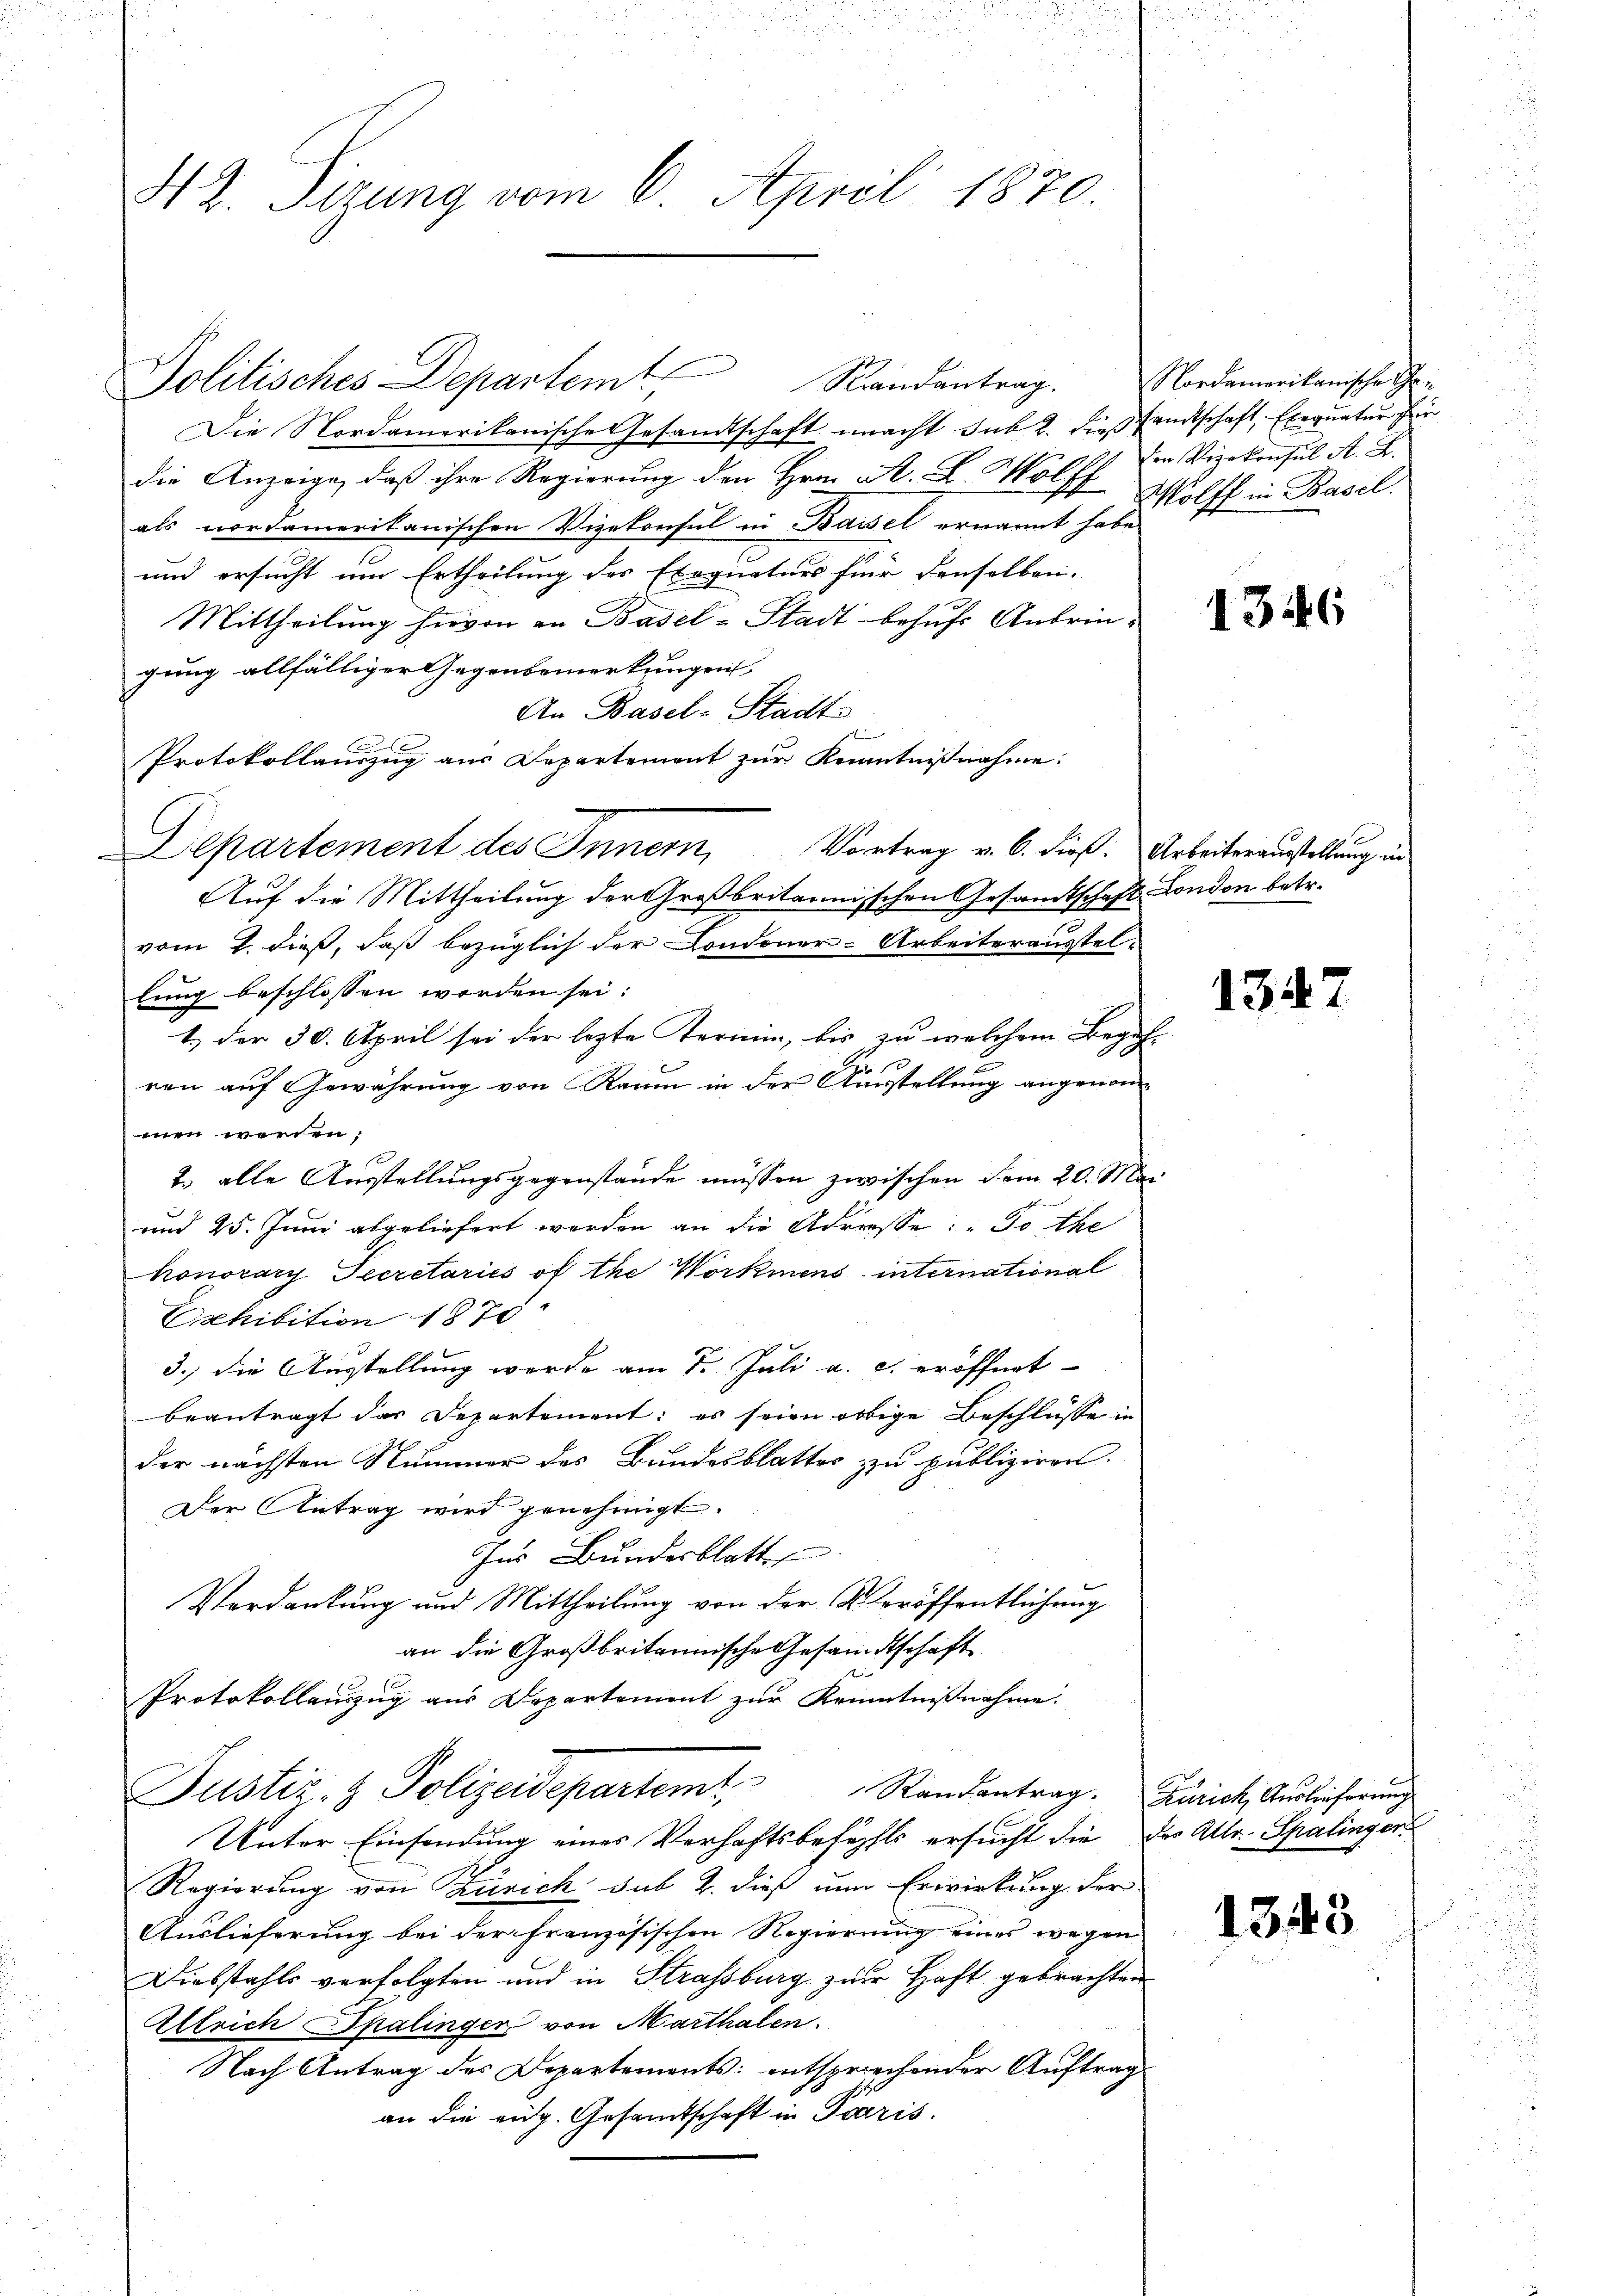
42. Tizung vom 6. April 1870.

Die Nordamerikanische Gesandtschaft macht sub 2. dies sandtschaft, Exequatur für
die Anzeige, daß ihre Regierung den Hrn. A. L. Wolff
als nordamerikanischen Vizekonsul in Baisel ernannt habe.
und ersucht um Ertheilung des Exequaturs für denselben.
Mittheilung hievon an Basel-Stadt behufs Anbringung allfälliger Gegenbemerkungen
An Basel-Stadt
x
Protokollauszug aus Departement zur Kenntnißnahme:
Departement des Innern, Vortrag v. 6. dieß: Arbeiteraustellung in
Auf die Mittheilung der Großbritannischen Gesandtschaft London betr.
vom 2. dieß, daß bezüglich der Condoner-Arbeiterausstel-
lung beschlossen worden sei:
1.) Der 30. April sei der lezte Termin, bis zu welchem Begehren auf Gewährung von Raum in der Ausstellung angenommen werden,
2. alle Ausstellungsgegenstände müssen zwischen dem 20. Mai
und 25. Juni abgeliefert werden an die Adresse: „To the
honorary Secretariés of the Workmens international
Exhibition 1870
3.) die Ausstellung werde am 1. Juli a. c. eröffnet
beantragt das Departement: es seien ortige Beschlüsse in
der nächsten Nummer des Bundesblatter zu publiziren.
Der Antrag wird genehmigt.
Ins Bundesblatt
Verdankung und Mittheilung von der Veröffentlichung
an die Großbritannische Gesandtschaft
Protokollanzug aus Departement zur Kenntnißnahme.
Justiz- & Polizeidepartemt, Randantrag. Zürich, Auslicherung
Unter Einsendung einer Verhaftsbefehls ersucht die der Altr. Spalingen
Regierung von Zürich sub 2. dieß um Erwirkung der
Auslieferung bei der französischen Regierung eines wegen
Diebstahls verfolgten und in Strassburg zur Haft gebrachten
Altrich Spalinger von Marthalen.
Nach Antrag des Departemonts entsprechender Auftrag
an die eidg. Gesamtschaft in Paris

Politisches Departem Randantrag. Nordamerikanische Ge-

den Vorkonsul A. L.
Wolff in Basel.

1346

1347

1343